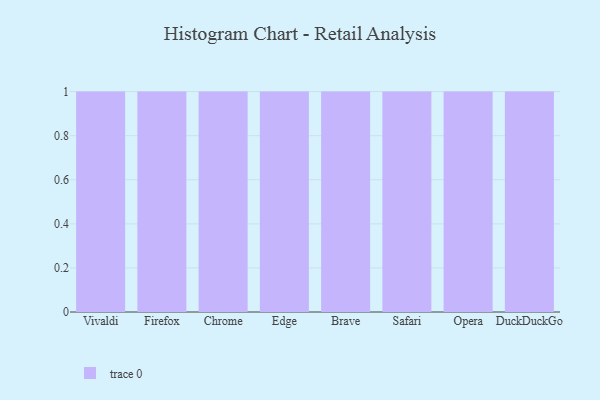
{"axis": {"x": "Browser", "y": "Conversion Rate (%)"}, "legend": [""], "data": [{"x": "Vivaldi", "y": 69, "type": ""}, {"x": "Firefox", "y": 27, "type": ""}, {"x": "Chrome", "y": 86, "type": ""}, {"x": "Edge", "y": 34, "type": ""}, {"x": "Brave", "y": 99, "type": ""}, {"x": "Safari", "y": 54, "type": ""}, {"x": "Opera", "y": 75, "type": ""}, {"x": "DuckDuckGo", "y": 67, "type": ""}]}